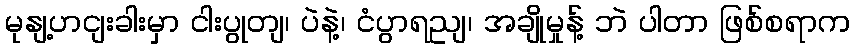
မုနျ့ဟငျးခါးမှာ ငါးပွုတျ၊ ပဲနဲ့၊ ငံပွာရညျ၊ အချိုမှုန့် ဘဲ ပါတာ ဖြစ်စရာက